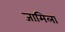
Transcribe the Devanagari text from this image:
जामिला